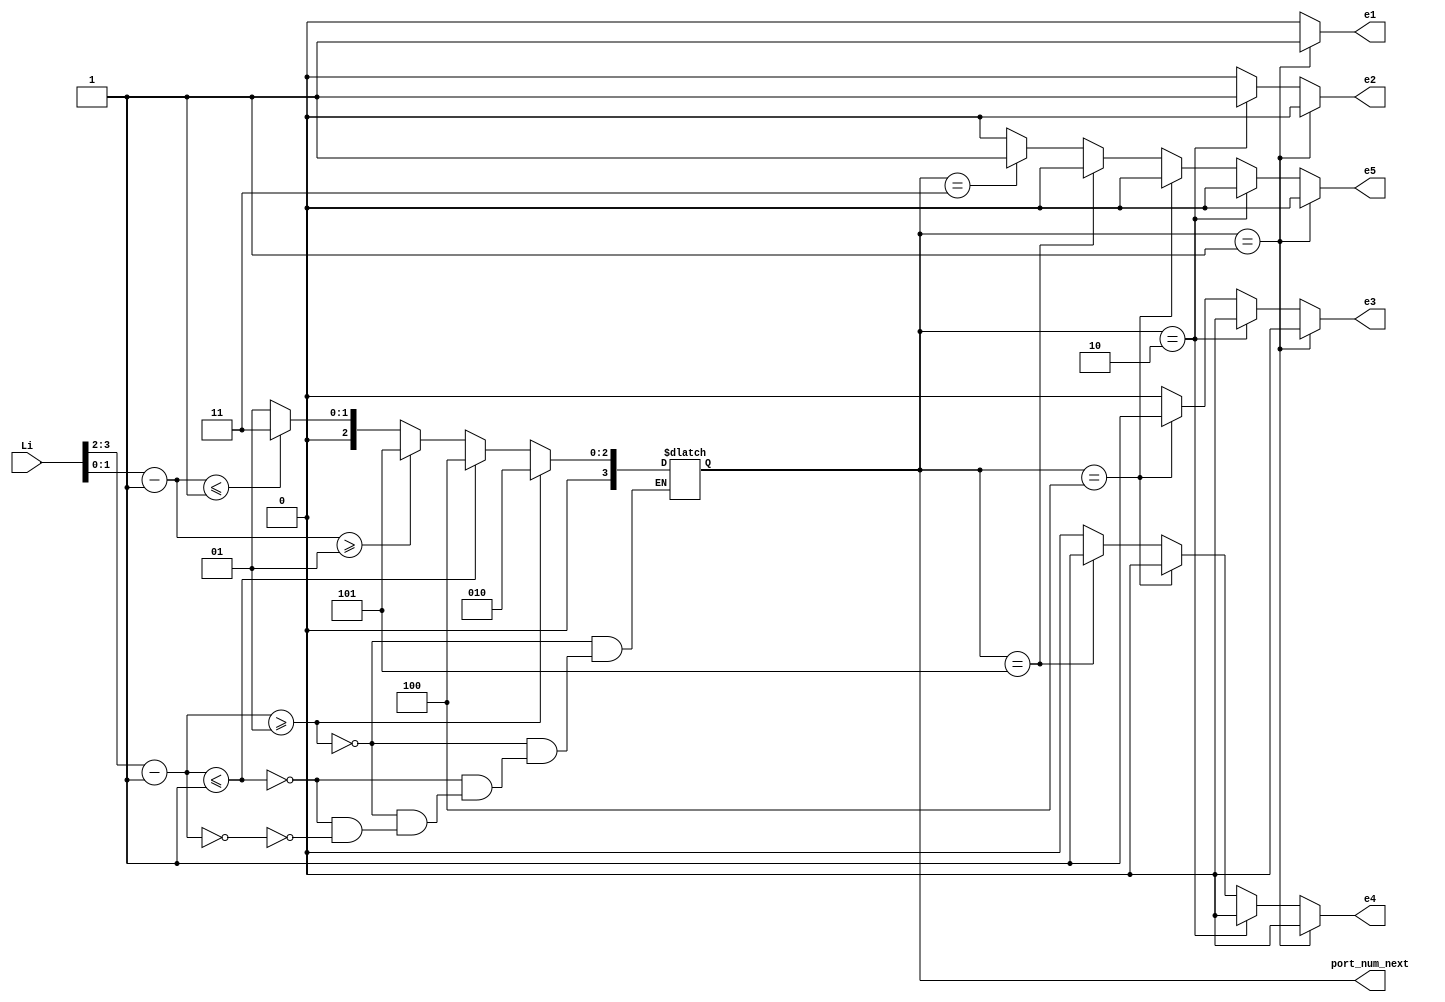
`timescale 1ns / 1ps
//////////////////////////////////////////////////////////////////////////////////
// Company: 
// Engineer: 
// 
// Design Name: 
// Module Name:    compute0 
// Project Name: 
// Target Devices: 
// Tool versions: 
// Description: 
//
// Dependencies: 
//
// Revision: 
// Revision 0.01 - File Created
// Additional Comments: 
//
//////////////////////////////////////////////////////////////////////////////////
module compute0( Li,port_num_next, e1,e2,e3,e4,e5
		); //,);

input wire[15:0] Li;
//input clk, rst;
//input clk, rst;
//output [3:0] Lo, Eo, Wo, No, So;
output [3:0] port_num_next;
wire [3:0]  Lo, Eo, Wo, No, So;
output reg e1,e2,e3,e4,e5;

  assign Lo    =        3'd1;  
assign Eo  =          3'd2;
   assign No    =        3'd3;  
    assign Wo    =        3'd4;  
  assign So   =         3'd5;  
   //assign HDR_FLIT =  2'b10;
 //  assign BODY_FLIT = 2'b00;
  // assign  TAIL_FLIT = 2'b01;
	 
	localparam X_NODE_NUM                    =    4;
   localparam Y_NODE_NUM                    =    4;
   localparam X_NODE_NUM_WIDTH            =    2;
   localparam Y_NODE_NUM_WIDTH            =    2;
	localparam X_S_Adress                  = 3'b01;
	localparam Y_S_Adress                  = 3'b01;
	
	// input   
	wire  [X_NODE_NUM_WIDTH-1        :0]    dest_x_node_in;
//    input  
	wire   [Y_NODE_NUM_WIDTH-1        :0]    dest_y_node_in;
	//output    [3:0]    port_num_out;
	reg [3:0]    port_num_next;
    
	  wire signed [X_NODE_NUM_WIDTH        :0] xc;//current
    wire signed [X_NODE_NUM_WIDTH        :0] xd;//destination
    wire signed [Y_NODE_NUM_WIDTH        :0] yc;//current
    wire signed [Y_NODE_NUM_WIDTH        :0] yd;//destination
    wire signed [X_NODE_NUM_WIDTH        :0] xdiff;
    wire signed [Y_NODE_NUM_WIDTH        :0] ydiff;
    
	  assign dest_y_node_in=Li[1:0];
	 assign dest_x_node_in=Li[3:2];
	
	 
    assign     xc     =X_S_Adress [X_NODE_NUM_WIDTH-1        :0];
    assign     yc     =Y_S_Adress[Y_NODE_NUM_WIDTH-1        :0];
    assign    xd        =dest_x_node_in;
    assign    yd     = dest_y_node_in;
    assign     xdiff    = xd-xc;
    assign    ydiff    = yd-yc;
    
	 
    
   always@(*)begin
 //   port_num_next    = Lo;
/*always@(posedge clk)begin
	 if(rst) begin
  port_num_next= Lo; end
   else if(clk)
	  port_num_next= Lo;*/
        /*   if                (xdiff    >  1)        port_num_next    = Eo;
         else if        (xdiff    < -1)        port_num_next    = Wo;
            else if        (xdiff    ==    1 || xdiff    ==    -1     )
			begin
                if            (ydiff    >= 1)        port_num_next    = So;
                else if     (ydiff    ==    0)        port_num_next    = Lo;
                else                                 port_num_next    = No;
           end  // xdiff    ==    1 || xdiff    ==    -1     
            else begin //xdiff ==0
              if            (ydiff    >    1)        port_num_next    = So;
                else if    (ydiff    ==    1)        port_num_next    = Lo;
            //   else if    (ydiff    ==-1)        port_num_next    = L;
                else if    (ydiff    <= -1)        port_num_next    = No;
               else                                 port_num_next    = Lo; //xdiff ==0
          end //else
   end */
	 
	/* port_num_next    = Lo;
	// port_num_next	= LOCAL;
			if				(xdiff	> 0)		port_num_next	= Eo;
			else if		(xdiff	< 0)		port_num_next	= Wo;
			else begin
				if			(ydiff	> 0)		port_num_next	= So;
				else if 	(ydiff	< 0)		port_num_next	= No;
			end 
        $display("Data from R0 local Port to  output port %d",   port_num_next);
    end */
	 
	 if (xdiff>=1)      
			                begin
			                port_num_next    = Eo;
								  $display("Router Local R0 east port", port_num_next);
								  end
			                
         else if(xdiff<=-1)      
			                   begin 
 									 port_num_next    = Wo;
									 	  $display("Router Local R0 west port", port_num_next);
			                   end
         else  if(xdiff==0)
                    			 begin 
                                 if  (ydiff>=1)    
											 begin    
											  port_num_next    = So;
											  $display("Router Local R0 south port", port_num_next);
											  end
				                    else if (ydiff<=-1)     
                     				 begin  
											  port_num_next    = No;
											    $display("Router Local R0 north port", port_num_next);
											 end
						             else 
                                   begin			 
			              port_num_next    = Lo; 
			              $display("Router Local R0 local port", port_num_next);
			              end
        
          end
			 
			end
	 
	 //assign    port_num_out= port_num_next;
	 always@(*)
	 begin
	 if(port_num_next== Lo)  begin 
	 e1=1; 
	 e2=0;
	 e3=0;
	 e4=0;
	 e5=0;
	 $display("value of local e1 %d", e1);
	 end
	else if (port_num_next== Eo) begin e1=0; 
	 e2=1;
	 e3=0;
	 e4=0;
	 e5=0;
	  $display("value of local e2 %d", e2);
	 end
	else if (port_num_next==Wo) 
	begin 
	 e1=0; 
	 e2=0;
	 e3=1;
	 e4=0;
	 e5=0;
	  $display("value of local e3 %d", e3);
	 end
	else if(port_num_next==So) begin e1=0; 
	 e2=0;
	 e3=0;
	 e4=1;
	 e5=0;
	  $display("value of local e4 %d", e4);
	 end
 else    if(port_num_next==No)   begin e1=0; 
	 e2=0;
	 e3=0;
	 e4=0;
	 e5=1;
	  $display("value of local e5 %d", e5);
 end
 else begin e1=0; 
	 e2=0;
	 e3=0;
	 e4=0;
	 e5=0;
	 
 end 
 end 


endmodule